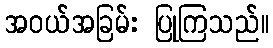
အဝယ်အခြမ်း ပြုကြသည်။